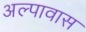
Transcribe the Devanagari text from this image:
अल्पावास